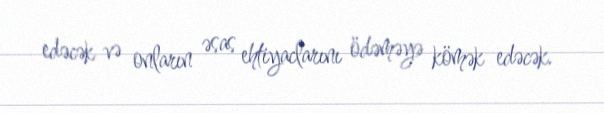
edəcək və onların əsas ehtiyaclarını ödəməyə kömək edəcək.